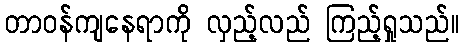
တာဝန်ကျနေရာကို လှည့်လည် ကြည့်ရှုသည်။